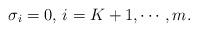
LaTeX: \begin{align*}\sigma_i=0,\,i=K+1,\cdots,m.\end{align*}